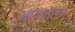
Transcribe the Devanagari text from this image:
आवाडांचा